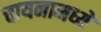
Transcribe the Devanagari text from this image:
चायनामध्ये